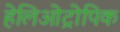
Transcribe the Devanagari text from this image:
हेलिओट्रोपिक